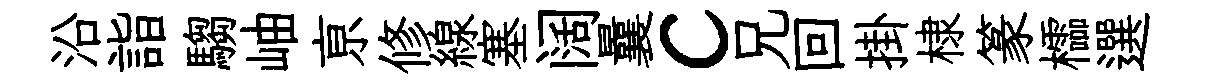
沿詣騶岫亰修線塞阔曩c兄回掛棣篆櫺選